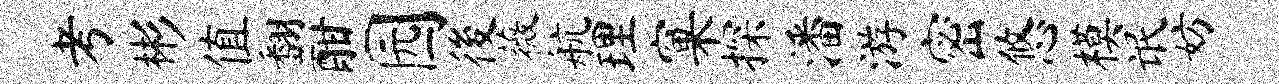
考彬值翻酣园後薇航理窠探潘游密悠模氓妨